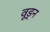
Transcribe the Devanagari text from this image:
वूड्न